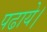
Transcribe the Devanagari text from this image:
पढाये।